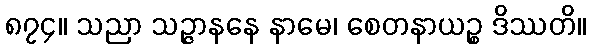
၈၇၄။ သညာ သဉ္ဇာနနေ နာမေ၊ စေတနာယဉ္စ ဒိဿတိ။